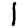
Digit: 1